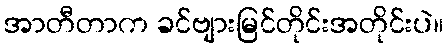
အာတီတာက ခင်ဗျားမြင်တိုင်းအတိုင်းပဲ။